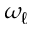
\omega _ { \ell }